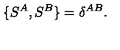
{ \{ S ^ { A } , S ^ { B } \} = \delta ^ { A B } . }